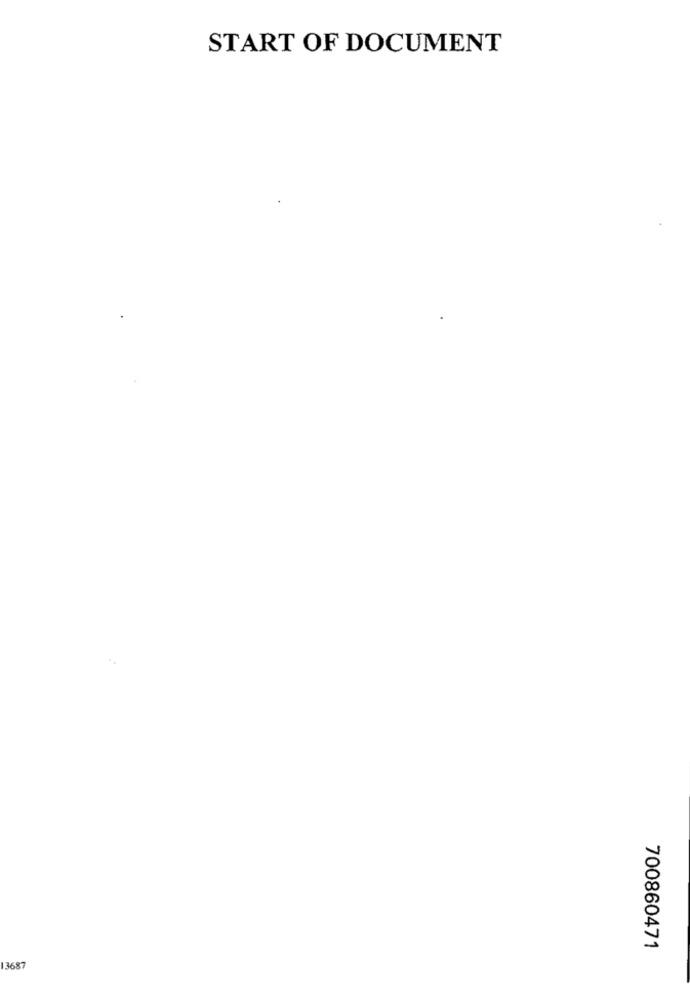
START OF DOCUMENT
700860471
13687